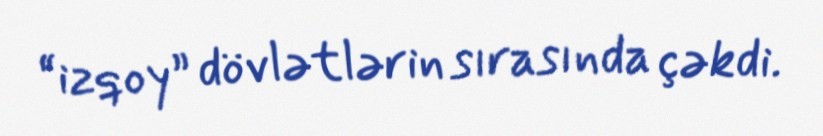
“izqoy” dövlətlərin sırasında çəkdi.